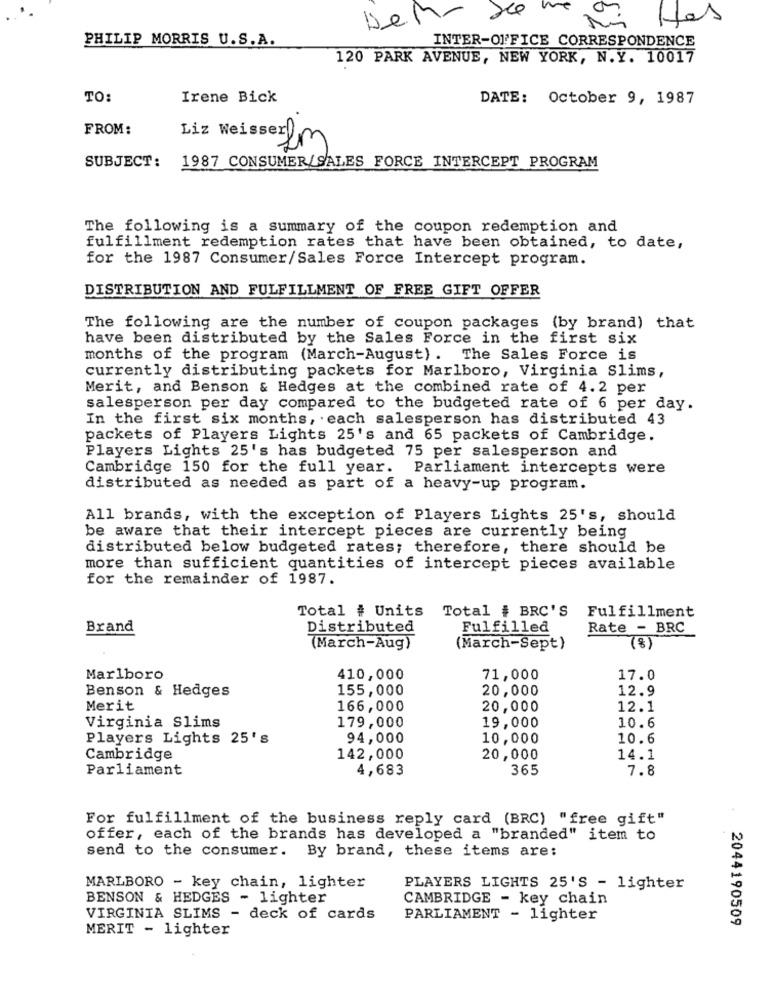
we
Hes
Dem.
PHILIP MORRIS U.S.A.
INTER-OFFICE CORRESPONDENCE
120 PARK AVENUE, NEW YORK, N.Y. 10017
TO:
Irene Bick
DATE: October 9, 1987
FROM:
Liz Weisser !,
SUBJECT:
1987 CONSUMER/SALES FORCE INTERCEPT PROGRAM
The following is a summary of the coupon redemption and
fulfillment redemption rates that have been obtained, to date,
for the 1987 Consumer/Sales Force Intercept program.
DISTRIBUTION AND FULFILLMENT OF FREE GIFT OFFER
The following are the number of coupon packages (by brand) that
have been distributed by the Sales Force in the first six
months of the program (March-August) . The Sales Force is
currently distributing packets for Marlboro, Virginia Slims,
Merit, and Benson & Hedges at the combined rate of 4.2 per
salesperson per day compared to the budgeted rate of 6 per day.
In the first six months, each salesperson has distributed 43
packets of Players Lights 25's and 65 packets of Cambridge.
Players Lights 25's has budgeted 75 per salesperson and
Cambridge 150 for the full year. Parliament intercepts were
distributed as needed as part of a heavy-up program.
All brands, with the exception of Players Lights 25's, should
be aware that their intercept pieces are currently being
distributed below budgeted rates; therefore, there should be
more than sufficient quantities of intercept pieces available
for the remainder of 1987.
Total # BRC'S
Total # Units
Fulfillment
Brand
Distributed
Fulfilled
Rate - BRC
(March-Aug)
(March-Sept)
(8)
Marlboro
410,000
71,000
17.0
Benson & Hedges
155,000
20,000
12.9
Merit
166,000
20,000
12.1
19,000
Virginia Slims
179,000
10.6
Players Lights 25's
94,000
10,000
10.6
Cambridge
142,000
20,000
14.1
Parliament
4,683
365
7.8
For fulfillment of the business reply card (BRC) "free gift"
offer, each of the brands has developed a "branded" item to
send to the consumer. By brand, these items are:
MARLBORO - key chain, lighter
PLAYERS LIGHTS 25'S - lighter
BENSON & HEDGES - lighter
CAMBRIDGE - key chain
VIRGINIA SLIMS - deck of cards
PARLIAMENT - lighter
2044190509
MERIT - lighter